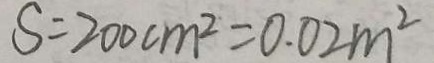
S = 2 0 0 c m ^ { 2 } = 0 . 0 2 m ^ { 2 }